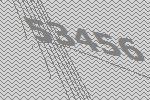
53456